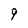
Character: 9